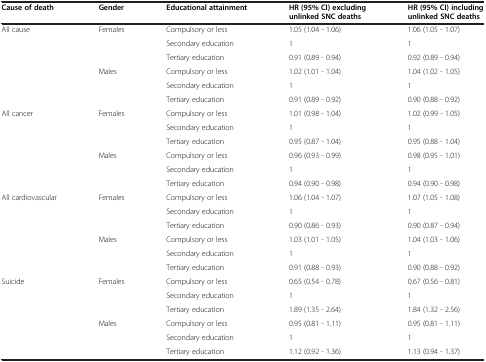
<table><thead><tr><td><b>Cause of death</b></td><td><b>Gender</b></td><td><b>Educational attainment</b></td><td><b>HR(95% CI)excluding unlinked SNC deaths</b></td><td><b>HR(95% CI)including unlinked SNC deaths</b></td></tr></thead><tbody><tr><td>All cause</td><td>Females</td><td>Compulsory or less</td><td>1.05 (1.04 - 1.06)</td><td>1.06 (1.05 - 1.07)</td></tr><tr><td> </td><td> </td><td>Secondary education</td><td>1</td><td>1</td></tr><tr><td> </td><td> </td><td>Tertiary education</td><td>0.91 (0.89 - 0.94)</td><td>0.92 (0.89 - 0.94)</td></tr><tr><td> </td><td>Males</td><td>Compulsory or less</td><td>1.02 (1.01 - 1.04)</td><td>1.04 (1.02 - 1.05)</td></tr><tr><td> </td><td> </td><td>Secondary education</td><td>1</td><td>1</td></tr><tr><td> </td><td> </td><td>Tertiary education</td><td>0.91 (0.89 - 0.92)</td><td>0.90 (0.88 - 0.92)</td></tr><tr><td>All cancer</td><td>Females</td><td>Compulsory or less</td><td>1.01 (0.98 - 1.04)</td><td>1.02 (0.99 - 1.05)</td></tr><tr><td> </td><td> </td><td>Secondary education</td><td>1</td><td>1</td></tr><tr><td> </td><td> </td><td>Tertiary education</td><td>0.95 (0.87 - 1.04)</td><td>0.95 (0.88 - 1.04)</td></tr><tr><td> </td><td>Males</td><td>Compulsory or less</td><td>0.96 (0.93 - 0.99)</td><td>0.98 (0.95 - 1.01)</td></tr><tr><td> </td><td> </td><td>Secondary education</td><td>1</td><td>1</td></tr><tr><td> </td><td> </td><td>Tertiary education</td><td>0.94 (0.90 - 0.98)</td><td>0.94 (0.90 - 0.98)</td></tr><tr><td>All cardiovascular</td><td>Females</td><td>Compulsory or less</td><td>1.06 (1.04 - 1.07)</td><td>1.07 (1.05 - 1.08)</td></tr><tr><td> </td><td> </td><td>Secondary education</td><td>1</td><td>1</td></tr><tr><td> </td><td> </td><td>Tertiary education</td><td>0.90 (0.86 - 0.93)</td><td>0.90 (0.87 - 0.94)</td></tr><tr><td> </td><td>Males</td><td>Compulsory or less</td><td>1.03 (1.01 - 1.05)</td><td>1.04 (1.03 - 1.06)</td></tr><tr><td> </td><td> </td><td>Secondary education</td><td>1</td><td>1</td></tr><tr><td> </td><td> </td><td>Tertiary education</td><td>0.91 (0.88 - 0.93)</td><td>0.90 (0.88 - 0.92)</td></tr><tr><td>Suicide</td><td>Females</td><td>Compulsory or less</td><td>0.65 (0.54 - 0.78)</td><td>0.67 (0.56 - 0.81)</td></tr><tr><td> </td><td> </td><td>Secondary education</td><td>1</td><td>1</td></tr><tr><td> </td><td> </td><td>Tertiary education</td><td>1.89 (1.35 - 2.64)</td><td>1.84 (1.32 - 2.56)</td></tr><tr><td> </td><td>Males</td><td>Compulsory or less</td><td>0.95 (0.81 - 1.11)</td><td>0.95 (0.81 - 1.11)</td></tr><tr><td> </td><td> </td><td>Secondary education</td><td>1</td><td>1</td></tr><tr><td> </td><td> </td><td>Tertiary education</td><td>1.12 (0.92 - 1.36)</td><td>1.13 (0.94 - 1.37)</td></tr></tbody></table>